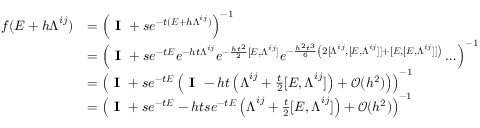
\begin{array} { r l } { f ( \boldsymbol { E } + h \boldsymbol { \Lambda } ^ { i j } ) } & { = \left( \textbf { I } + s e ^ { - t ( \boldsymbol { E } + h \boldsymbol { \Lambda } ^ { i j } ) } \right) ^ { - 1 } } \\ & { = \left( \textbf { I } + s e ^ { - t \boldsymbol { E } } e ^ { - h t \boldsymbol { \Lambda } ^ { i j } } e ^ { - \frac { h t ^ { 2 } } { 2 } [ \boldsymbol { E } , \boldsymbol { \Lambda } ^ { i j } ] } e ^ { - \frac { h ^ { 2 } t ^ { 3 } } { 6 } \left( 2 [ \boldsymbol { \Lambda } ^ { i j } , [ \boldsymbol { E } , \boldsymbol { \Lambda } ^ { i j } ] ] + [ \boldsymbol { E } , [ \boldsymbol { E } , \boldsymbol { \Lambda } ^ { i j } ] ] \right) } \ldots \right) ^ { - 1 } } \\ & { = \left( \textbf { I } + s e ^ { - t \boldsymbol { E } } \left( \textbf { I } - h t \left( \boldsymbol { \Lambda } ^ { i j } + \frac { t } { 2 } [ \boldsymbol { E } , \boldsymbol { \Lambda } ^ { i j } ] \right) + \mathcal { O } ( h ^ { 2 } ) \right) \right) ^ { - 1 } } \\ & { = \left( \textbf { I } + s e ^ { - t \boldsymbol { E } } - h t s e ^ { - t \boldsymbol { E } } \left( \boldsymbol { \Lambda } ^ { i j } + \frac { t } { 2 } [ \boldsymbol { E } , \boldsymbol { \Lambda } ^ { i j } ] \right) + \mathcal { O } ( h ^ { 2 } ) \right) ^ { - 1 } } \end{array}